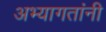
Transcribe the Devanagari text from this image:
अभ्यागतांनी